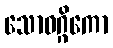
သောဝဂ္ဂိကော